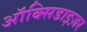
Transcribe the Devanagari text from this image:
ऑक्सिडाइज़र